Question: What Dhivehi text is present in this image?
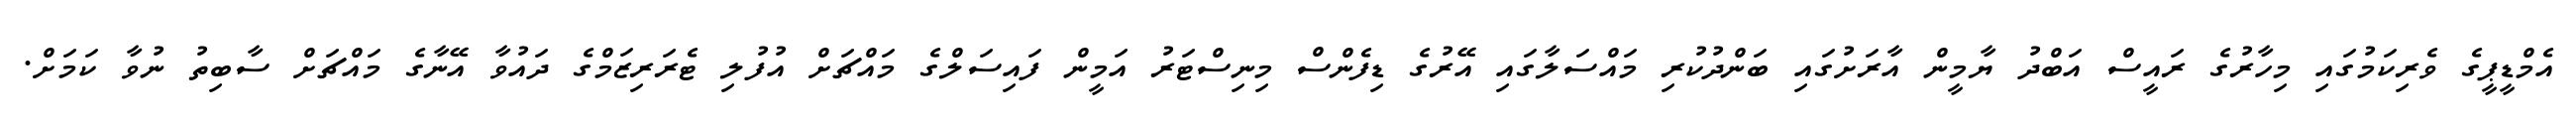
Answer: އެމްޑީޕީގެ ވެރިކަމުގައި މިހާރުގެ ރައީސް އަބްދު ޔާމީން އާރަށުގައި ބަންދުކުރި މައްސަލާގައި އޭރުގެ ޑިފެންސް މިނިސްޓަރު އަމީން ފައިސަލްގެ މައްޗަށް އުފުލި ޓެރަރިޒަމްގެ ދައުވާ އޭނާގެ މައްޗަށް ސާބިތު ނުވާ ކަމަށް.